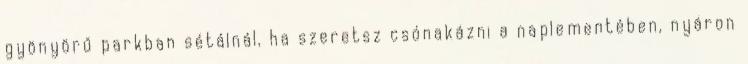
gyönyörű parkban sétálnál, ha szeretsz csónakázni a naplementében, nyáron